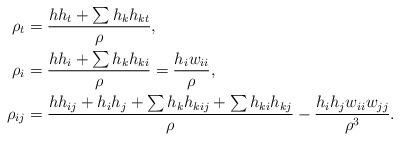
\begin{align*}\rho_{t}&=\frac{h h_{t}+\sum h_{k}h_{kt}}{\rho},\\\rho_{i}&=\frac{hh_{i}+\sum h_{k}h_{ki}}{\rho}=\frac{h_{i}w_{ii}}{\rho},\\\rho_{ij}&=\frac{hh_{ij}+h_{i}h_{j}+\sum h_{k}h_{kij}+\sum h_{ki}h_{kj}}{\rho}-\frac{h_{i}h_{j}w_{ii}w_{jj}}{\rho^{3}}.\end{align*}